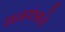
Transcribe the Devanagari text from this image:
धनयंत्राचे